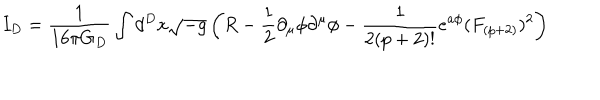
I _ { D } = \frac { 1 } { 1 6 \pi G _ { D } } \int d ^ { D } x \sqrt { - g } \left( R - \frac { 1 } { 2 } \partial _ { \mu } \phi \partial ^ { \mu } \phi - \frac { 1 } { 2 ( p + 2 ) ! } e ^ { a \phi } ( F _ { ( p + 2 ) } ) ^ { 2 } \right)